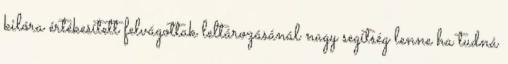
kilóra értékesített felvágottak leltározásánál nagy segítség lenne ha tudná